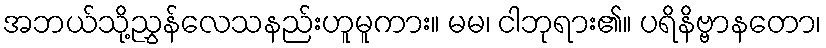
အဘယ်သို့ညွှန်လေသနည်းဟူမူကား။ မမ၊ ငါဘုရား၏။ ပရိနိဗ္ဗာနတော၊